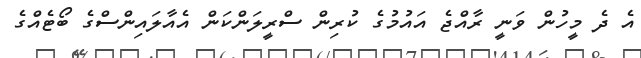
އެ ދެ މީހުން ވަނީ ރާއްޖެ އައުމުގެ ކުރިން ސްރީލަންކަން އެއާލައިންސްގެ ބޯޓެއްގެ